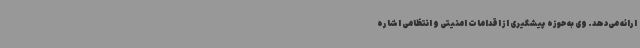
ارائه می‌دهد. وی به حوزه پیشگیری از اقدامات امنیتی و انتظامی اشاره